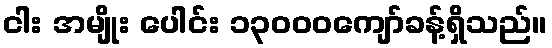
ငါး အမျိုး ပေါင်း ၁၃၀၀၀ကျော်ခန့်ရှိသည်။